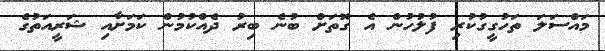
މައްސަލަ ތަހުގީގުކުރި ފުލުހުން އެ ގޮތަށް ބުނެ ބިރު ދެއްކުމުން ކަމަށާއި ޝަރީއަތުގެ